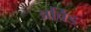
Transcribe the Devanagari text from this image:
अर्विड